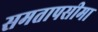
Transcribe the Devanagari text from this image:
समतापसीमा